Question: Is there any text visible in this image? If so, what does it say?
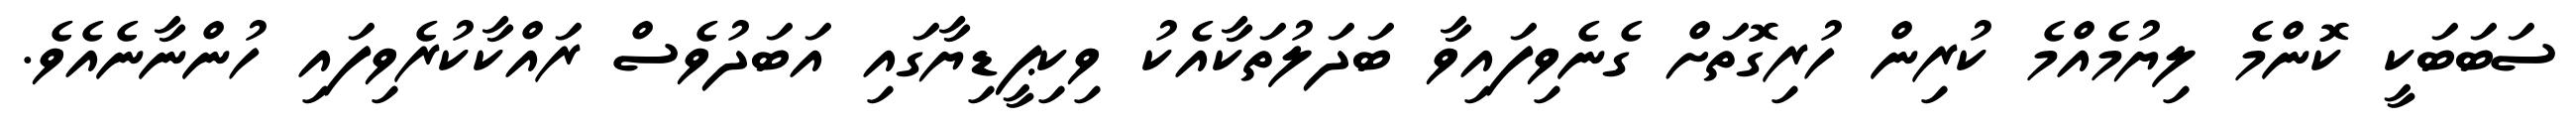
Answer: ސަބަބަކީ ކޮންމެ ލިޔުމެއްމެ ކުރިން ހުރިގޮތަށް ގެނެވިފައިވާ ބަދަލުތަކާއެކު ވިކިޕީޑިޔާގައި އަބަދުވެސް ރައްކާކުރެވިފައި ހުންނާނެއެވެ.